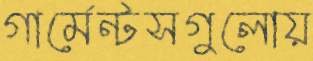
গার্মেন্টসগুলোয়